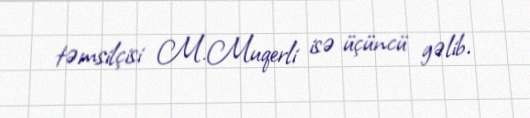
təmsilçisi M.Muqerli isə üçüncü gəlib.